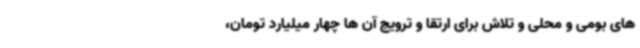
های بومی و محلی و تلاش برای ارتقا و ترویج آن ها چهار میلیارد تومان،